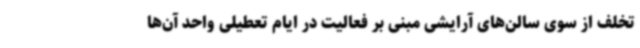
تخلف از سوی سالن‌های آرایشی مبنی بر فعالیت در ایام تعطیلی واحد آن‌ها